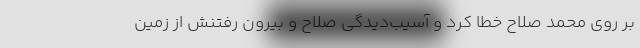
بر روی محمد صلاح خطا کرد و آسیب‌دیدگی صلاح و بیرون رفتنش از زمین